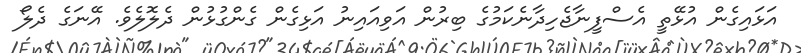
އަޅައިގެން އުޅޭތީ އެސްފީނާޖެހިދާނެކަމުގެ ބިރުން އަވިއައިނު އަޅިގެން ގެންގުޅުން ދެލޮލެވެ. އޭނަގެ ދެލޯ